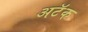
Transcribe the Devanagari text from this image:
अटॅक